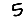
Digit: 5